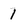
Character: 1